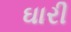
ઘારી